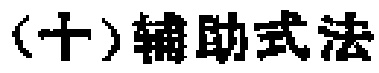
（十）辅助式法